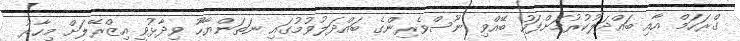
ގްރަހަމް އާއި ބައްދަލުކުރުމަށްފަހު ބޭއްވި ނޫސްވެރިންގެ ބައްދަލުވުމުގައި ނަތަންޔާހޫ ވިދާޅުވީ އިޒްރޭލަށް މިހާރު